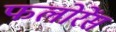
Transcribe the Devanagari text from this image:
फलोरेंस